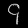
Digit: ၄